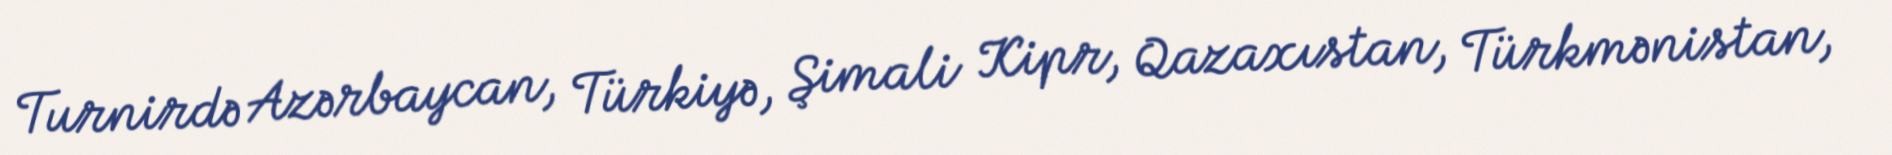
Turnirdə Azərbaycan, Türkiyə, Şimali Kipr, Qazaxıstan, Türkmənistan,